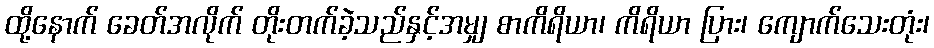
ထို့နောက် ခေတ်အလိုက် တိုးတက်ခဲ့သည်နှင့်အမျှ စာကိရိယာ၊ ကိရိယာ ပြား၊ ကျောက်သေးတုံး၊